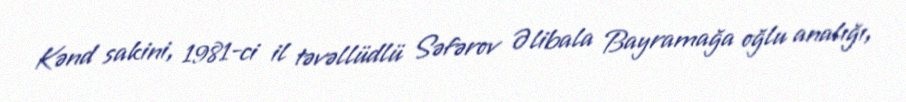
Kənd sakini, 1981-ci il təvəllüdlü Səfərov Əlibala Bayramağa oğlu analığı,